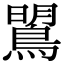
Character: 𪂡